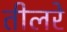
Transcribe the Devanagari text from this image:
तीलरे